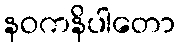
နဝကနိပါတော